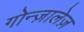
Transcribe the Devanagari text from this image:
गोन्ज़ालेज़